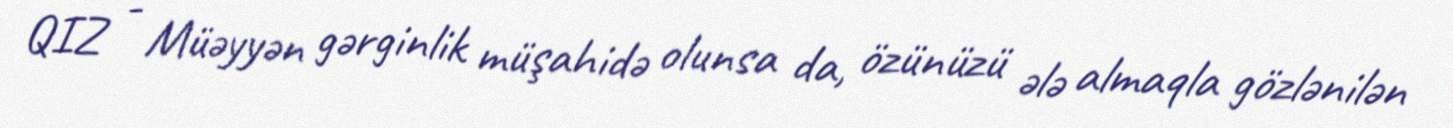
QIZ - Müəyyən gərginlik müşahidə olunsa da, özünüzü ələ almaqla gözlənilən